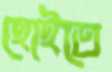
হোইতে